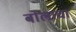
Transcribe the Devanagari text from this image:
बोलाचा